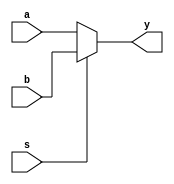
module mux21c(a,b,s,y);
input a,b,s;
output y;

assign y= (s)? b:a;

endmodule